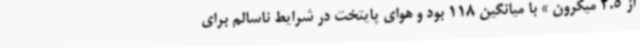
از 2.5 میکرون » با میانگین 118 بود و هوای پایتخت در شرایط ناسالم برای